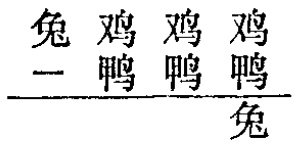
\[

\begin{array}{cccc}

 兔 & 鸡 & 鸡 & 鸡 \\

 - & 鸭 & 鸭 & 鸭 \\

\hline

  &  &  & 兔

\end{array}

\]